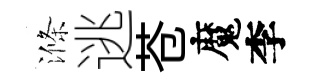
滌逃苍魔李